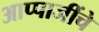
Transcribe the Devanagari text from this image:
आप्पाजींचे